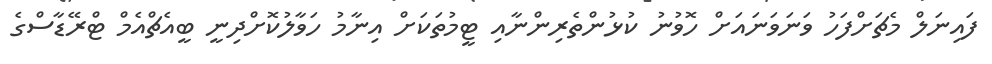
ފައިނަލް މެޗަށްފަހު ވަނަވަނައަށް ހޮވުނު ކުޅުންތެރިންނާއި ޓީމުތަކަށް އިނާމު ހަވާލުކޮށްދިނީ ބީއެޗްއެމް ޓްރޭޑާސްގެ